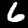
Label: 6